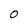
Character: 0